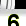
Digit: 6